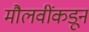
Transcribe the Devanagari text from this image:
मौलवींकडून